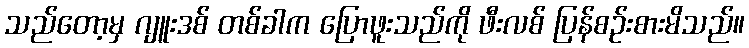
သည်တော့မှ ဂျူးဒစ် တစ်ခါက ပြောဖူးသည်ကို ဖီးလစ် ပြန်စဉ်းစားမိသည်။